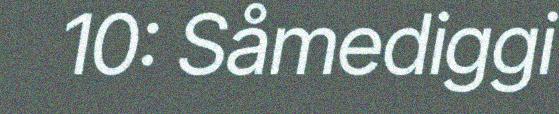
10: Såmediggi